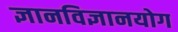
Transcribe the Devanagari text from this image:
ज्ञानविज्ञानयोग